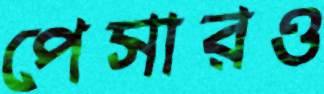
পেসারও